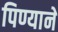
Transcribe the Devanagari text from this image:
पिण्याने